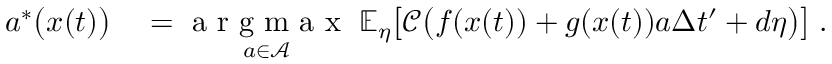
\begin{array} { r l } { a ^ { * } \bigl ( x ( t ) \bigr ) } & { { } = \underset { a \in \mathcal { A } } { \mathrm { ~ a ~ r ~ g ~ m ~ a ~ x ~ } } \; \mathbb { E } _ { \eta } \bigl [ \mathcal { C } \bigl ( f ( x ( t ) ) + g ( x ( t ) ) a \Delta { t } ^ { \prime } + d \eta \bigr ) \bigr ] \; . } \end{array}